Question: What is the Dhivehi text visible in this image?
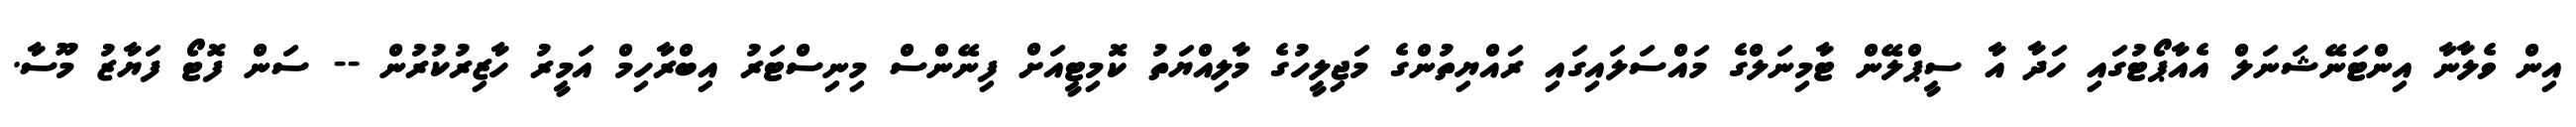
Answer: އިން ވެލާނާ އިންޓަނޭޝަނަލް އެއާޕޯޓުގައި ހަދާ އާ ސީޕްލޭން ޓާމިނަލްގެ މައްސަލައިގައި ރައްޔިތުންގެ މަޖިލީހުގެ މާލިއްޔަތު ކޮމިޓީއަށް ފިނޭންސް މިނިސްޓަރު އިބްރާހިމް އަމީރު ހާޒިރުކުރުން -- ސަން ފޮޓޯ ފަޔާޒު މޫސާ.